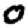
Digit: 0